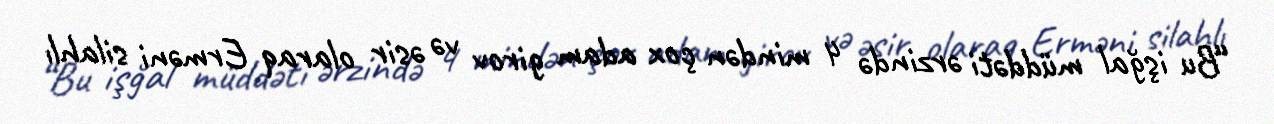
“Bu işğal müddəti ərzində 4 mindən çox adam girov və əsir olaraq Erməni silahlı